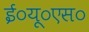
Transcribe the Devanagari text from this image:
ई०यू०एस०